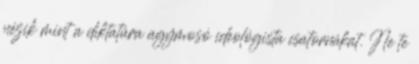
nézik mint a diktatúra agymosó ideológista csatornákat. Ne te